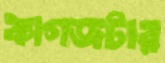
কাগজটার